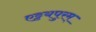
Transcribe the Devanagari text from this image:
एट्टयपुरम्